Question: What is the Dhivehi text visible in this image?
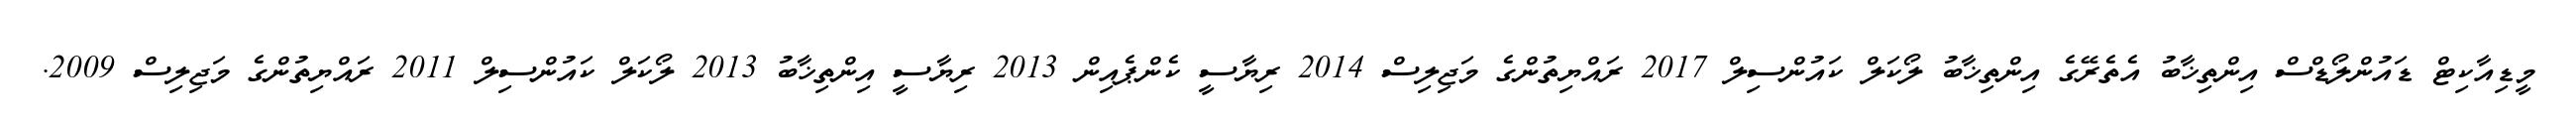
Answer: މީޑިއާކިޓް ޑައުންލޯޑްސް އިންތިޚާބު އެތެރޭގެ އިންތިޚާބު ލޯކަލް ކައުންސިލް 2017 ރައްޔިތުންގެ މަޖިލިސް 2014 ރިޔާސީ ކެންޕެއިން 2013 ރިޔާސީ އިންތިޚާބު 2013 ލޯކަލް ކައުންސިލް 2011 ރައްޔިތުންގެ މަޖިލިސް 2009.